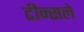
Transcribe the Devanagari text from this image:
टीन्सले